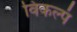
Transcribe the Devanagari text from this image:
विकल्पं